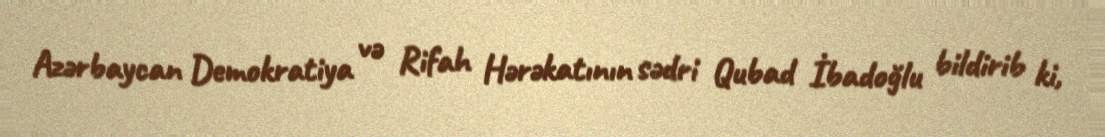
Azərbaycan Demokratiya və Rifah Hərəkatının sədri Qubad İbadoğlu bildirib ki,